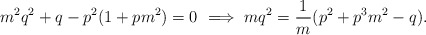
\begin{align*}m^2q^2 + q - p^2(1+pm^2) = 0\ \Longrightarrow \ mq^2 = \frac{1}{m}(p^2 + p^3m^2 - q).\end{align*}